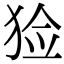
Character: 猃